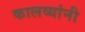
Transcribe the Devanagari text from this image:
कालव्यांनी